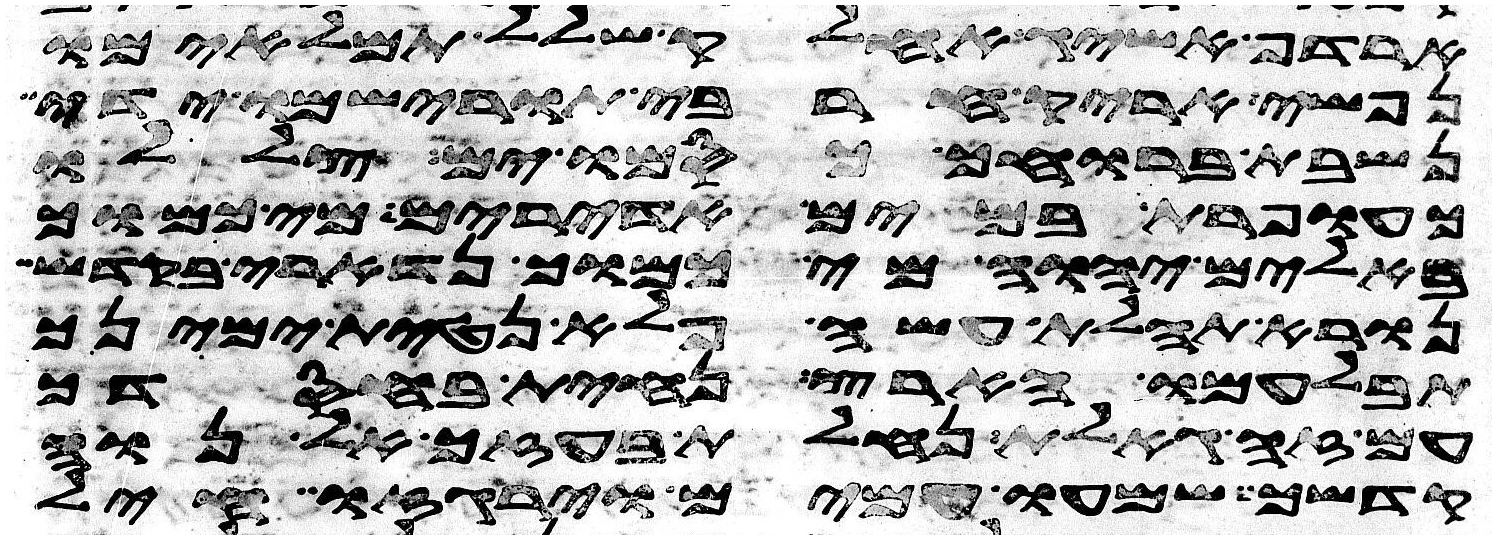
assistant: ארדף אשיג אחלק שלל תמלאמו
נפשי אריק חרבי תורישמו ידי
נשבת ברוחך כסמו ים צללו
כעופרת במים אדירים מי כמוך
באלים יהוה מי כמוך נדארי בקדש
נורא תהלת עשה פלאה נטית ימינך
תבלעמו הארץ נחית בחסדך
עם זה גאלת נחלת בעזך אל נוה
קדשך שמעו עמים וירגזו חיל